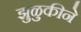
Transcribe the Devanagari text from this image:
झुळुकीने